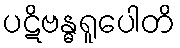
ပဋိဗန္ဓရူပေါတိ